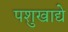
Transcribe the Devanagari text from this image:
पशुखाद्ये